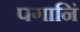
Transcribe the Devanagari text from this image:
पगानिं